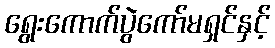
ရွေးကောက်ပွဲကော်မရှင်နှင့်